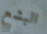
البشع